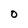
Character: O